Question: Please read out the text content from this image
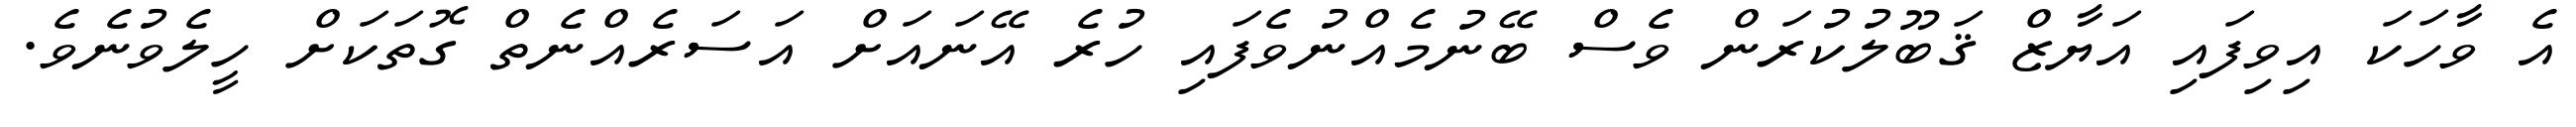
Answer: އެ ވާހަކަ އިވިފައި އަޔާޒް ޤަބޫލުކުރަން ވެސް ބޭނުމެއްނުވެފައި ހުރެ އޭނައަށް އަސަރެއްނެތް ގޮތަކަށް ހީލެވުނެވެ.